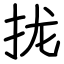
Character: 拢